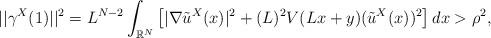
LaTeX: \begin{align*}||\gamma^X(1)||^2 = L^{N-2}\int_{\mathbb{R}^N}\left[|\nabla \tilde{u}^X(x)|^2 + (L)^2V(Lx+y)(\tilde{u}^X(x))^2\right] dx> \rho^2,\end{align*}